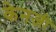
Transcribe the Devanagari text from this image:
केनजी